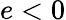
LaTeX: e<0